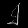
Digit: ၂